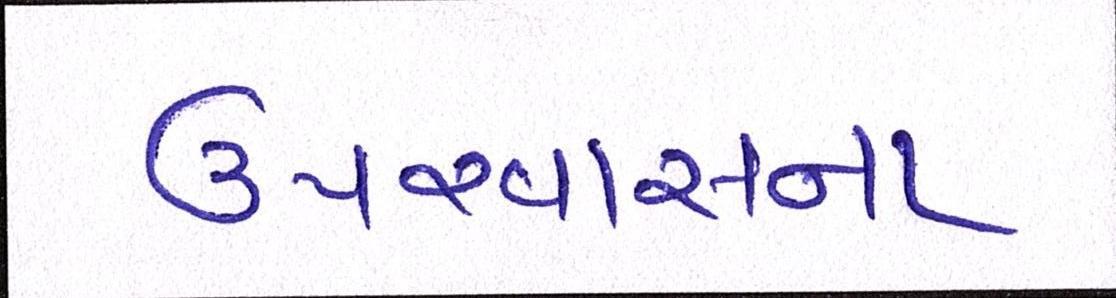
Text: ઉપરવાસના